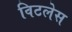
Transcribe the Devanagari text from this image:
विटलेस